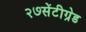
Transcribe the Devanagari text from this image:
२७सेंटीग्रेड